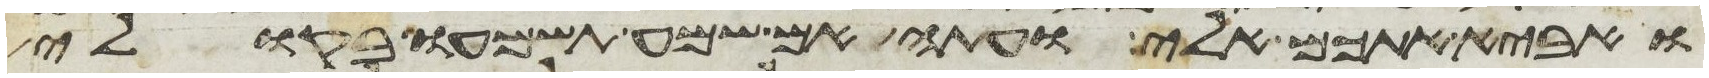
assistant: ואביא אתכם אלי ועתה אם שמע תשמעו בקולי